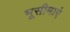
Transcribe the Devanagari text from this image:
भूसीमाएं